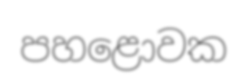
පහළොවක